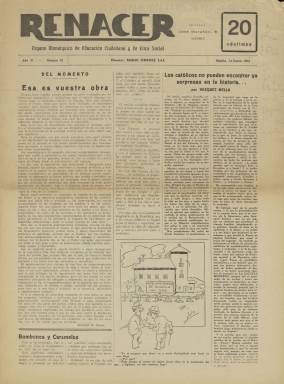
Título: Renacer (Madrid)
Colección: Periódicos
Ámbito geográfico: Madrid
Lugar de publicación: Madrid
Fechas: 14/01/1933-19/01/1936

Semanario al servicio de los intereses monárquicos editado en Madrid, se trata de un periódico menor dentro de esta significación política en los conflictivos años de la II República.  Los medios monárquicos más difundidos son entonces  el diario ABC y la revista Acción española, en la que colaboró José Calvo Sotelo, dirigente del Bloque Nacional. Al igual que en Acción española, también en Renacer habrá llamamientos al alzamiento que finalmente se produjo en julio de 1936.

    Dirigido y fundado el 30 de marzo de 1932 por Mario Jiménez Laá,  juez en excedencia, el semanario fue suspendido indefinidamente en junio de ese año, poco antes del fallido golpe de Estado del general  Sanjurjo, por el ministro de la Gobernación, Santiago Casares Quiroga, quien  impuso también a su director una multa de mil pesetas en aplicación de la Ley de Defensa de la República.

  Después de seis meses, el semanario reanudó su publicación el 31 de diciembre de 1932, pero el Gobierno volvió a arremeter contra su director tras la publicación en mayo de 1933 de una fotografía del ex rey Alfonso XIII bajo el título ‘Españoles en el destierro’ y por su constante apología del régimen monárquico.

   El 25 de julio de ese año el ministro Casares Quiroga ordenó el ingreso en prisión de Mario Jiménez en la cárcel de Ocaña, donde permaneció hasta el  5 de agosto en que fue puesto en libertad provisional. El director de Renacer se querelló ante el Tribunal Supremo contra el ministro por haberse violado sus derechos constitucionales, dado que el ingreso en prisión se produjo sin que mediara resolución judicial, pero un año después el Supremo se declaró incompetente para tramitar la querella al tratarse de un miembro del Gobierno y deberse sustanciarse el asunto ante el Tribunal de Garantías Constitucionales. Todo lo relacionado con estos hechos lo contó el periódico en su número 48 de 15 de julio de 1934 cuando, tras una serie de apariciones y suspensiones debido a la declaración del estado de alarma, volvió a salir a la calle con un Gobierno radical de centro.

   Prueba de la combatividad de este semanario son números como  el del 5 de marzo de 1933, en el que aparece a toda página una fotografía de Hitler con el título El salvador del pueblo alemán, mientras que en otra página se recuerda el golpe de Estado del general Pavía contra la I República en 1874 desalojando el Congreso de los Diputados.
   Otro ejemplo del llamamiento  a la rebelión:  en el número del 19 de marzo, también de 1933, aparece un suelto en el que se recuerda al ilustre general Sanjurjo, que cumplía condena en la cárcel y se dice lo siguiente:  “Renacer envía al insigne caudillo español el testimonio de su admiración, haciendo votos para que Dios haga que el general Sanjurjo  pueda realizar la hermosa obra de la salvación de España”.

 El periódico también resultó incómodo a los Gobiernos de centro derecha que se formaron tras la llamada Revolución de Asturias, llegando a ser secuestrado en 1935.

      En el último número que posee la BNE de este periódico  y que es posiblemente el último que se publicó, el correspondiente al 16 de enero de 1936, en vísperas de las elecciones que dieron el triunfo al Frente Popular, se hace el siguiente vaticinio: “¿Hacia dónde va España? Nadie lo sabe…La nación es una nave a la deriva…Empujada por las circunstancias no tiene más que dos caminos para llegar a puntos distintos: o una dictadura de derechas o una tiranía proletaria”.

   Mario Jiménez Laá fue fusilado en Madrid al poco de comenzar la Guerra Civil. Su esposa pidió entonces al Gobierno de Franco en Burgos que se reconocieran los servicios de su marido a la causa nacional y así se hizo. En una orden que apareció en el Boletín Oficial del Estado con fecha 3 de noviembre de 1937 se señala que Mario Jiménez no pudo reintegrarse a la carrera judicial en 1931 por las persecuciones de que era objeto por las izquierdas y se le reintegra con la categoría de magistrado con su correspondiente sueldo.

[Descripción publicada el 7/2/2020]